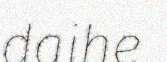
daihe